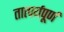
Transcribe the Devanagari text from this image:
तात्पर्यपूर्ण